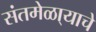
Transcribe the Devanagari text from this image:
संतमेळा्याचे